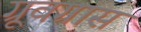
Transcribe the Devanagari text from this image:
ग्रूवग्रास